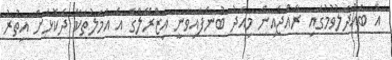
އެ ބައްދަލުވުމުގައި ރާއްޖެއިން މިއަދު ބުނެފައިވަނީ އިޒްރޭލްގެ އެ އަމަލުތަކާ ދެކޮޅަށް އިތުރު